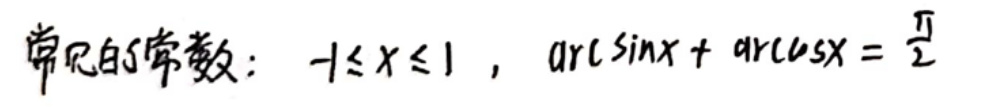
常见的常数：$-1\leq x\leq1$，$\arcsin x+\arccos x = \frac{\pi}{2}$